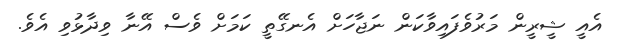
އެއީ ޝީރީން މަރުވެފައިވާކަން ނަޖާހަށް އެނގޭތީ ކަމަށް ވެސް އޭނާ ވިދާޅުވި އެވެ.